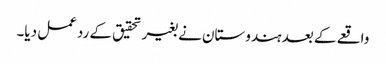
واقعے کے بعد ہندوستان نے بغیر تحقیق کے ردعمل دیا۔